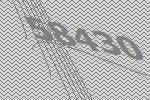
58430